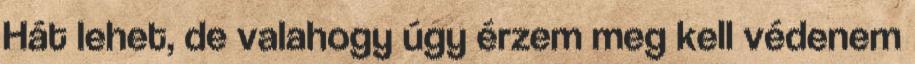
Hát lehet, de valahogy úgy érzem meg kell védenem